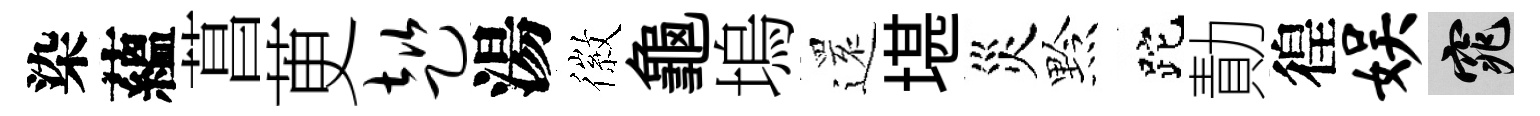
染蘊菖茰趑湯徽龜塢𮟃堪災黔跎勣徨娱窕